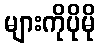
များကိုပိုမို